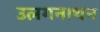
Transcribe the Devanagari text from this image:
उलगनाथन